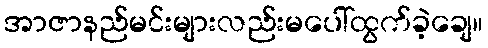
အာဇာနည်မင်းများလည်းမပေါ်ထွက်ခဲ့ချေ။